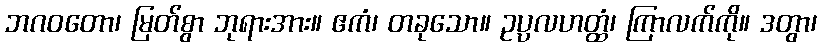
ဘဂဝတော၊ မြတ်စွာ ဘုရားအား။ ဧကံ၊ တခုသော။ ဥပ္ပလဟတ္ထံ၊ ကြာလက်ကို။ ဒတွာ၊